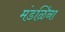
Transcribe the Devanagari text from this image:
मंडळिंना